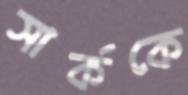
সার্ককে